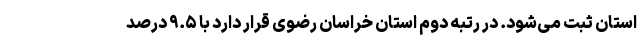
استان ثبت می‌شود. در رتبه دوم استان خراسان رضوی قرار دارد با ۹.۵ درصد